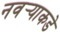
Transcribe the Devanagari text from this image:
नवर्‍याकडे